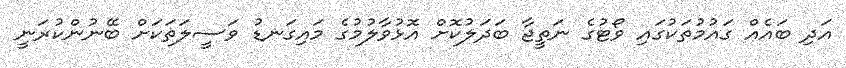
އަދި ބައެއް ގައުމުތަކުގައި ވޯޓުގެ ނަތީޖާ ބަދަލުކޮށް އޮޅުވާލުމުގެ މައިގަނޑު ވަސީލަތަކަށް ބޭނުންކުރަނީ